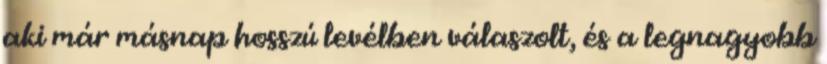
aki már másnap hosszú levélben válaszolt, és a legnagyobb